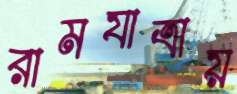
রামযাত্রায়